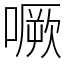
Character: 噘